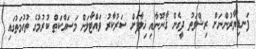
ފަނޑިޔާރުންނަށް ރިޝްވަތު ދީގެން ޤާނޫނާއި ޚިލާފަށް ސަރުކާރު ވައްޓާލަން މަސައްކަތް ކުރުމުގެ ތުހުމަތުގައި